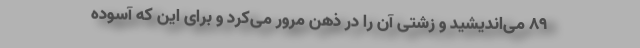
89 می‌اندیشید و زشتی آن را در ذهن مرور می‌کرد و برای این که آسوده